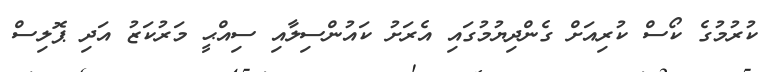
ކުރުމުގެ ކޯސް ކުރިއަށް ގެންދިޔުމުގައި އެރަށު ކައުންސިލާއި ސިއްޙީ މަރުކަޒު އަދި ޕޮލިސް